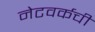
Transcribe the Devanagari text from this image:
नेटवर्कची